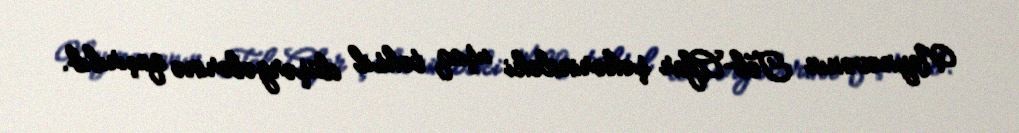
Neynəvənın Tel-Afar şəhərindəki uşaq təhsil düşərgələrinə qaçırılıb.